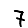
Digit: 7